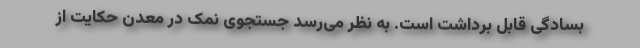
بسادگی قابل برداشت است. به نظر می‌رسد جستجوی نمک در معدن حکایت از